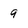
Character: 9